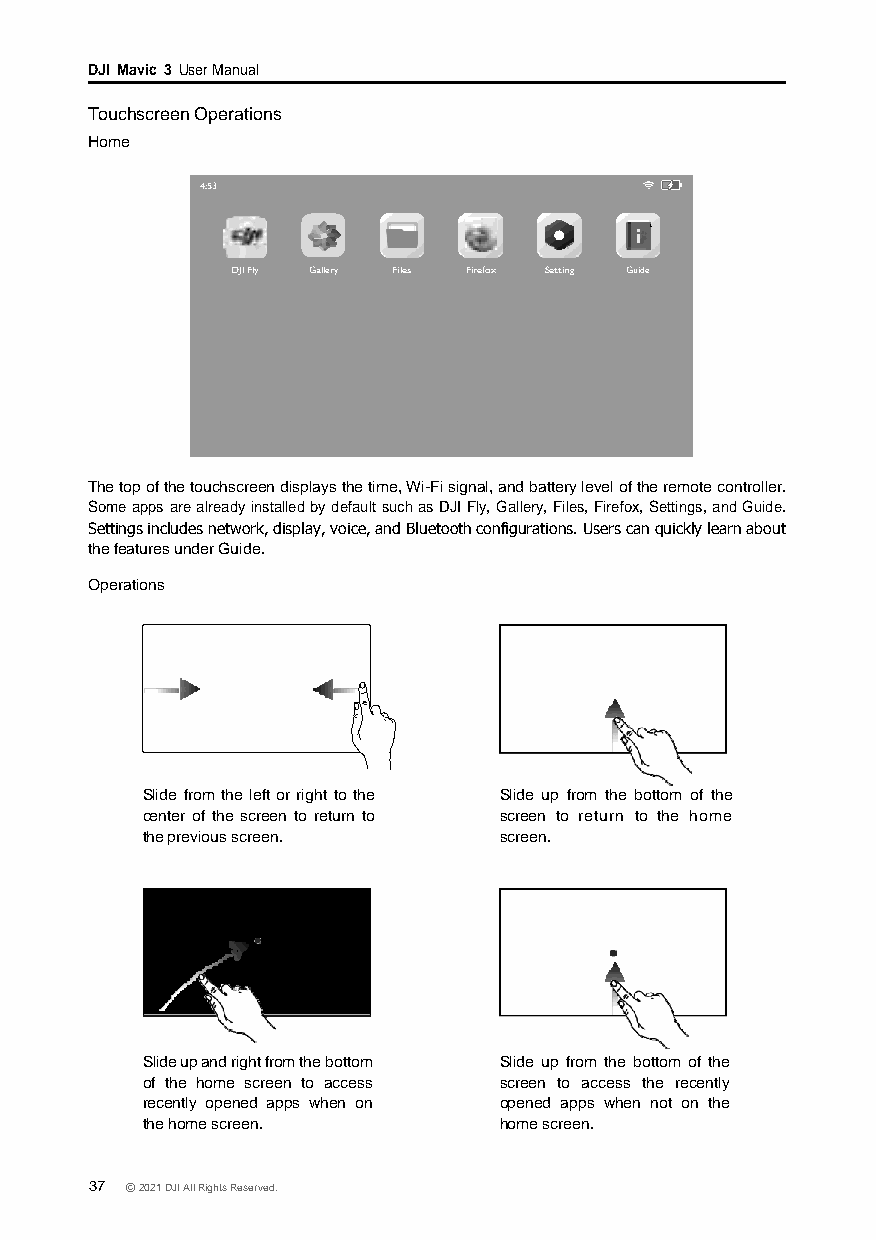
DJI Mavic 3 User Manual
 Touchscreen Operations
 Home
 4:53
 DJI Fly Gallery Files Firefox Setting Guide
 The top of the touchscreen displays the time, Wi-Fi signal, and battery level of the remote controller.
 Some apps are already installed by default such as DJI Fly, Gallery, Files, Firefox, Settings, and Guide.
 Settings includes network, display, voice, and Bluetooth configurations. Users can quickly learn about
 the features under Guide.
 Operations
 Slide from the left or right to the Slide up from the bottom of the
 center of the screen to return to screen to return to the home
 the previous screen.    screen.
 Slide up and right from the bottom Slide up from the bottom of the
 of the home screen to access screen to access the recently
 recently opened apps when on opened apps when not on the
 the home screen.        home screen.
 37 © 2021 DJI All Rights Reserved.